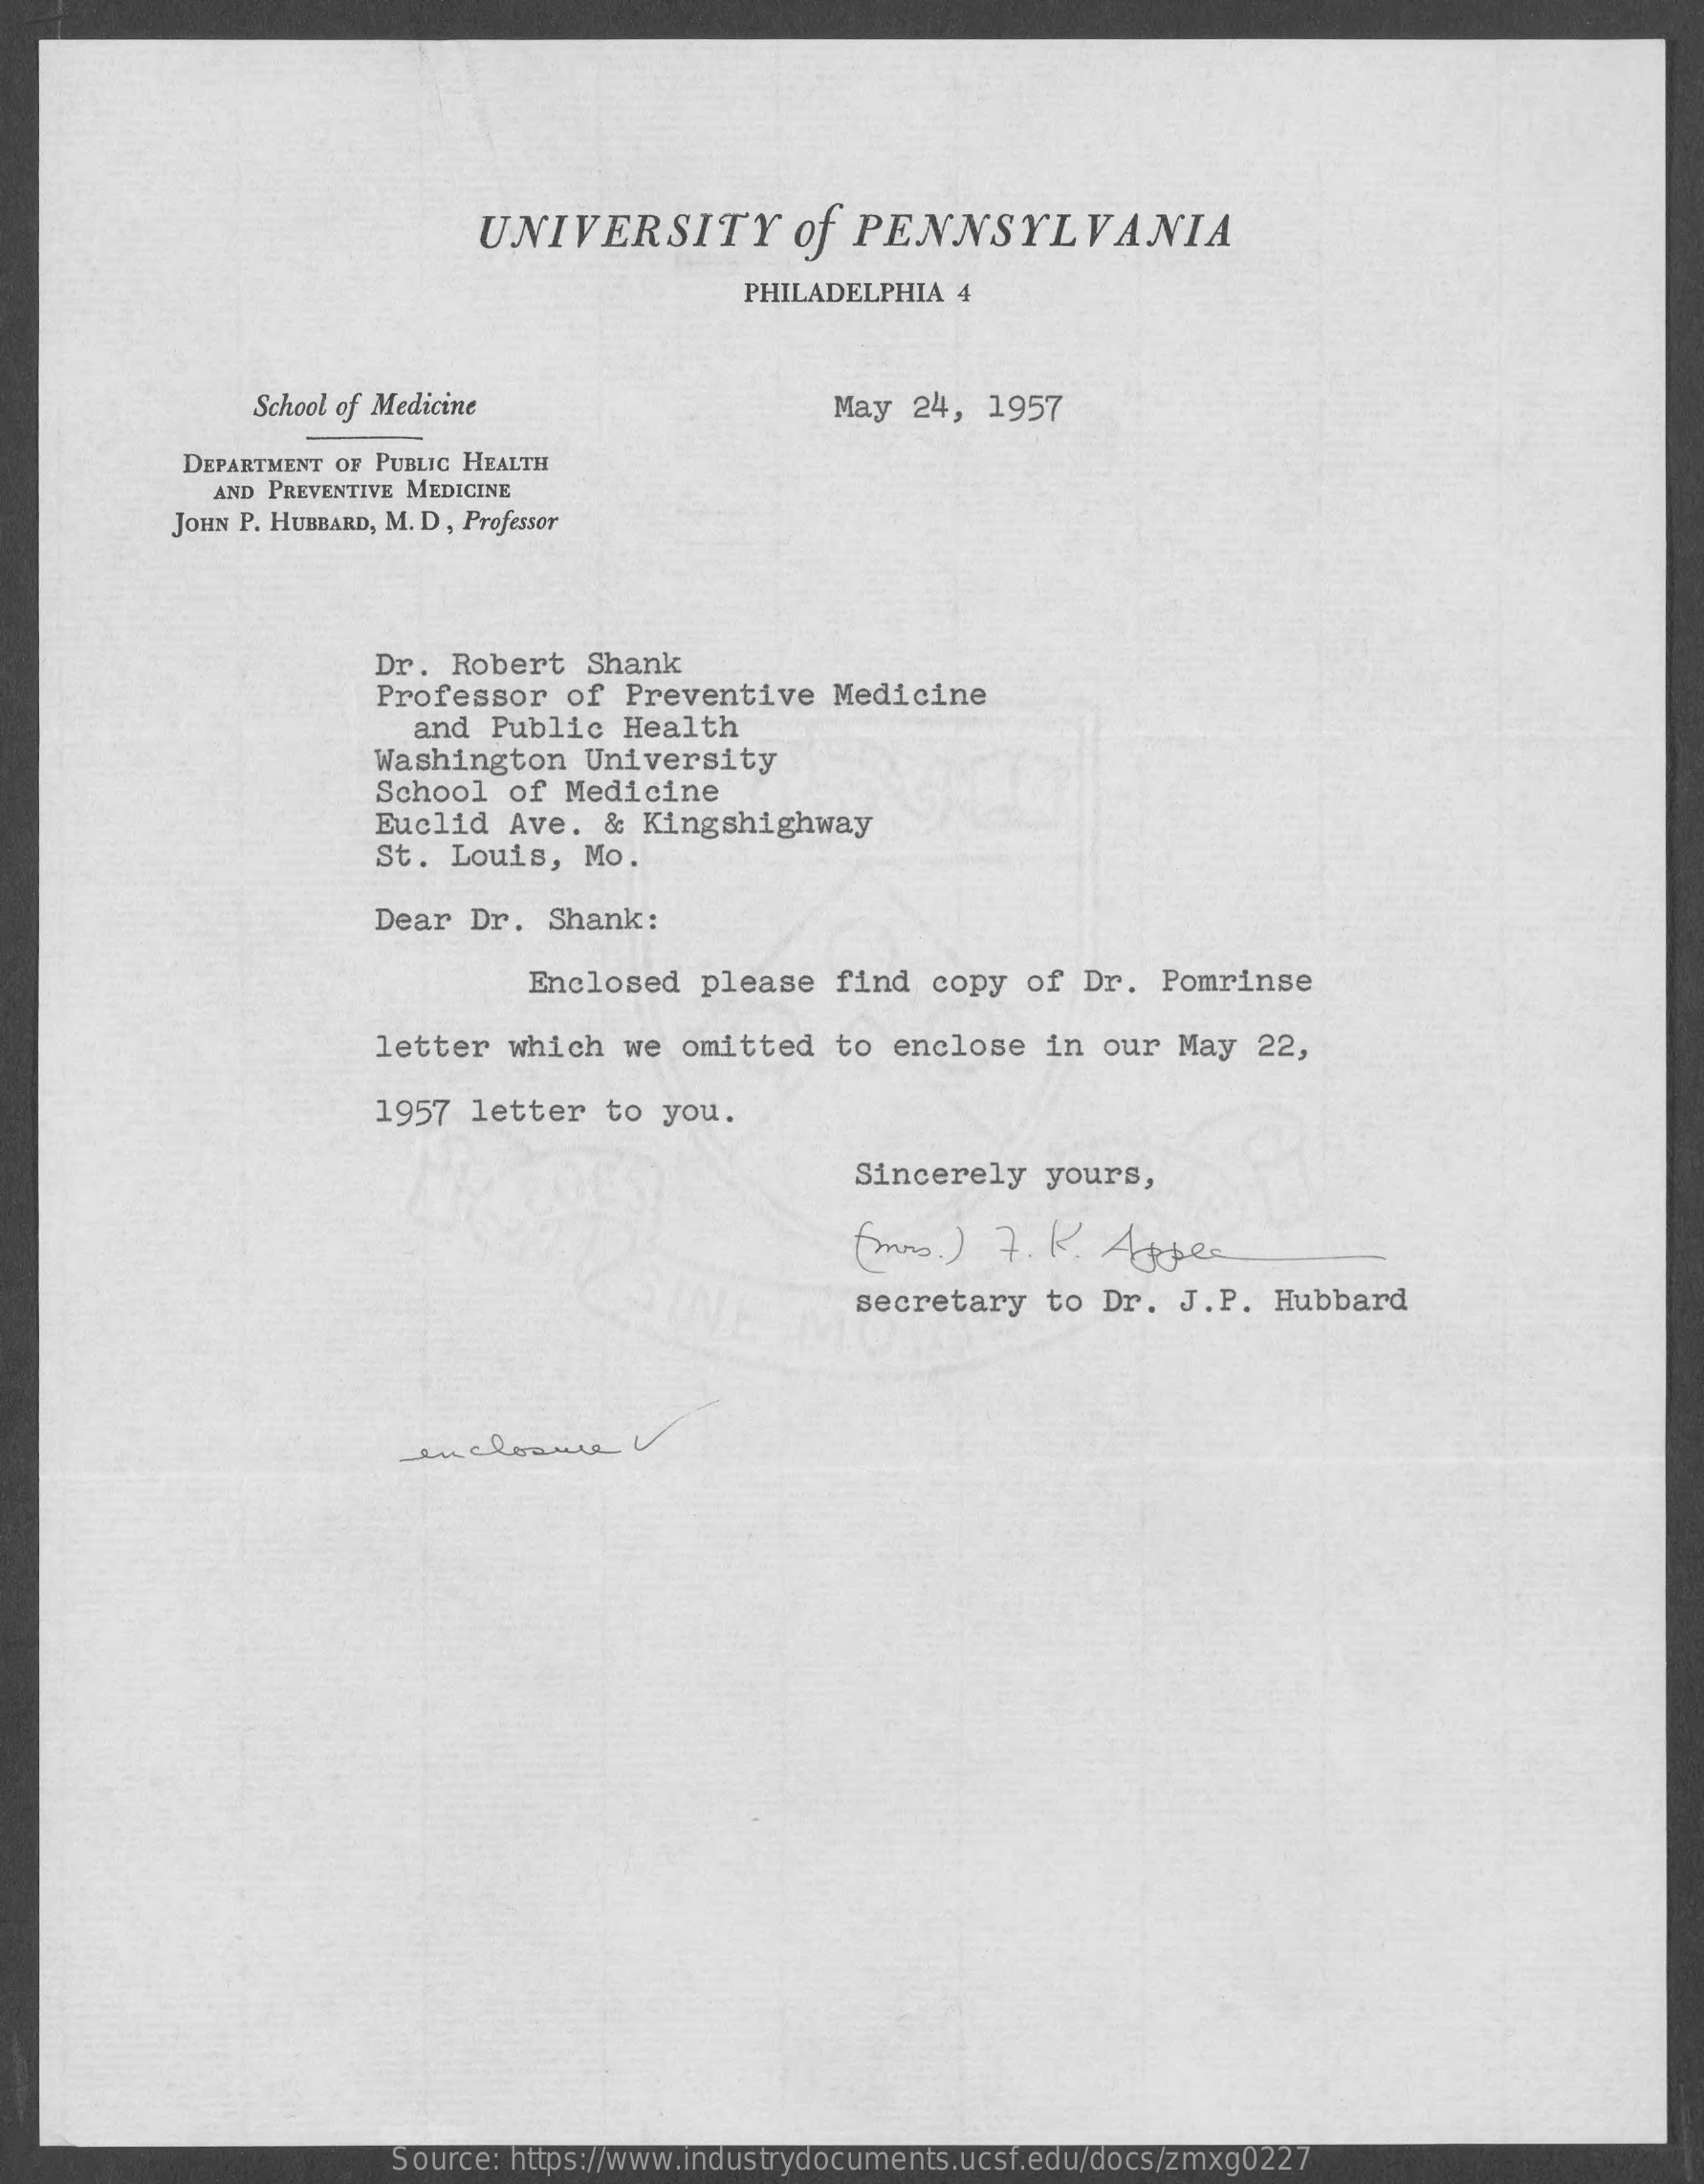
UNIVERSITY    of  PENNSYLVANIA
     PHILADELPHIA  4
     School of Medicine    May  24, 1957
     DEPARTMENT OF PUBLIC HEALTH
     AND PREVENTIVE MEDICINE
     JOHN P. HUBBARD, M. D , Professor
     Dr.  Robert   Shank
     Professor   of  Preventive   Medicine
     and  Public  Health
     Washington    University
     School  of Medicine
     Euclid   Ave.  & Kingshighway
     St.  Louis,  Mo.
     Dear  Dr.  Shank:
     Enclosed   please   find  copy  of  Dr.  Pomrinse
     letter   which  we  omitted   to enclose   in  our  May  22,
     1957  letter   to  you.
     Sincerely   yours,
     (mas. )  7. K.  Apple
     secretary   to  Dr.  J.P.  Hubbard
     enclosure
     Source: https://www.industrydocuments.ucsf.edu/docs/zmxg0227